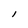
Character: l